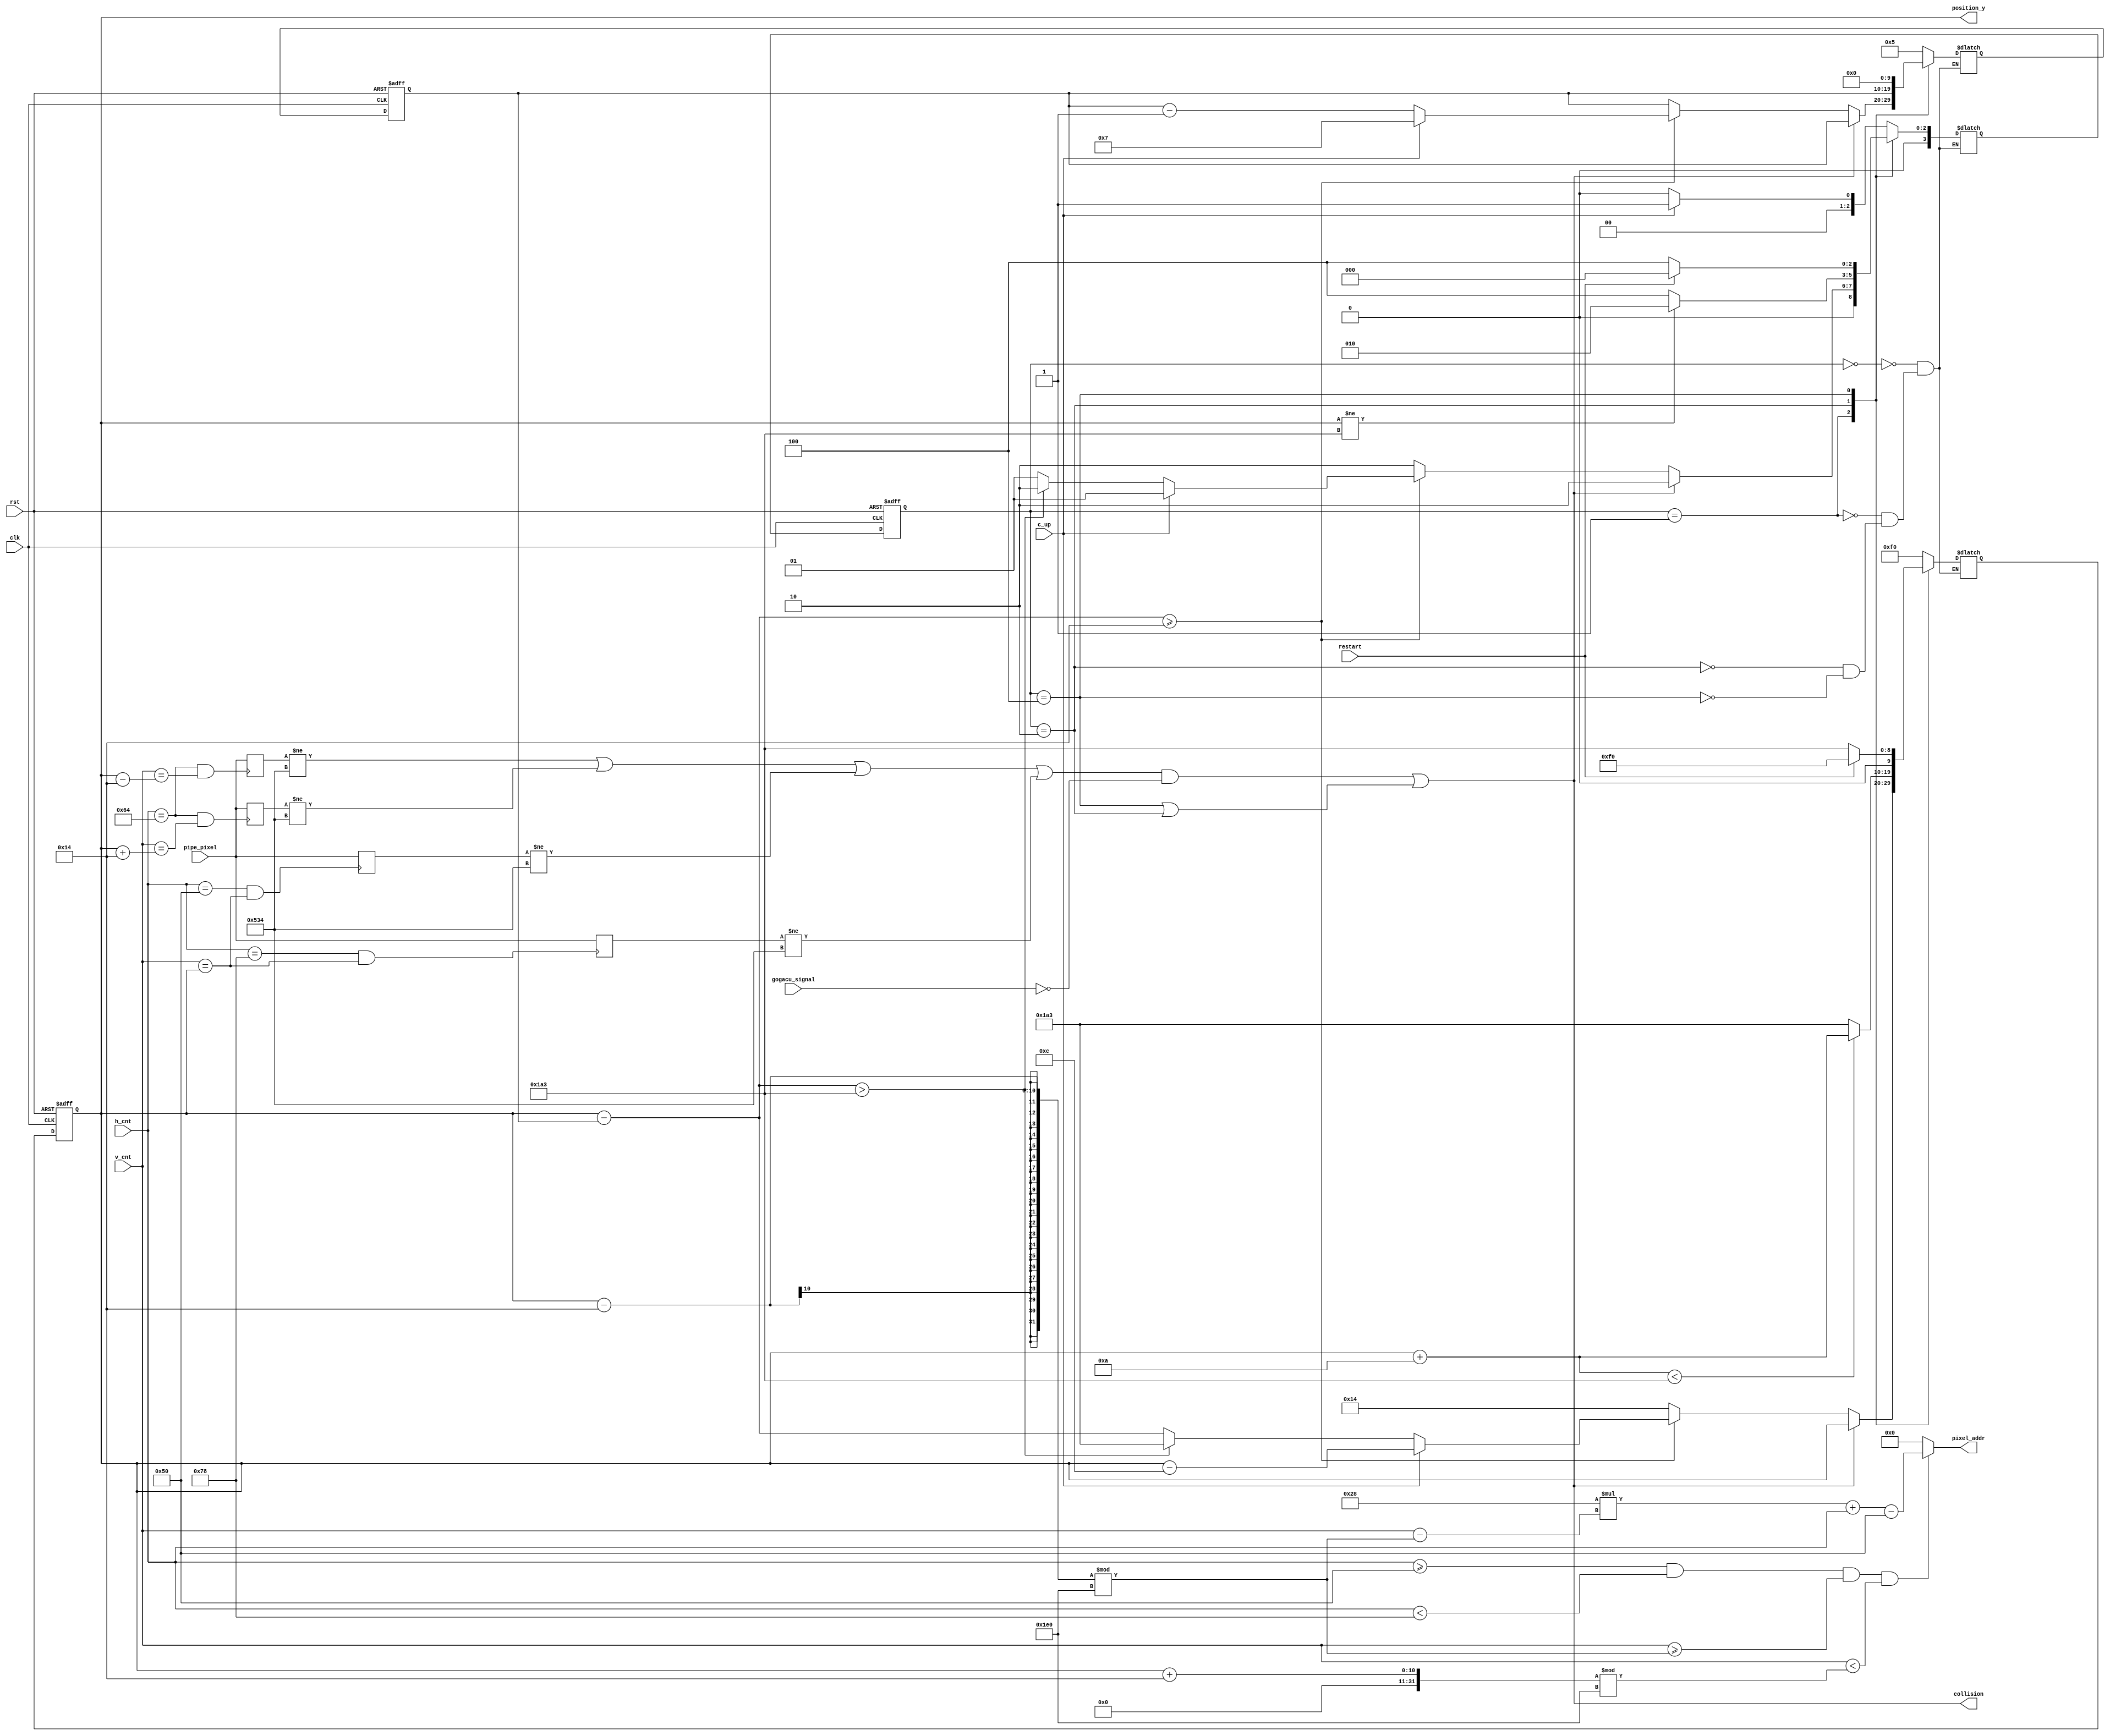
`timescale 1ns / 1ps

module mem_addr_gen_Bird(
   input clk,
   input rst,
   input [9:0] h_cnt,
   input [9:0] v_cnt,
   input c_up,
   input restart,
   input gogacu_signal,
   input [11:0] pipe_pixel,
   output reg [9:0] position_y,
   output reg [16:0] pixel_addr,
   output wire collision
   );
   
   wire [9:0] bird_right;
   wire signal_up, signal_down, signal_left, signal_right;
   
   reg [11:0] color_up, color_down, color_left, color_right;
   reg [9:0] next_position_y;
   reg [9:0] distance, next_distance;
   reg [3:0] state, next_state;
   parameter WAIT = 3'b000;
   parameter MOTION = 3'b001;
   parameter DROP = 3'b010;
   parameter DEATH = 3'b100;
   
   assign bird_right = 9'd80;
   
   assign signal_up = ((h_cnt == 9'd100 && v_cnt == position_y - 9'd20) ? 0 : 1);
   assign signal_down = ((h_cnt == 9'd100 && v_cnt == position_y + 9'd20) ? 0 : 1);
   assign signal_left = ((h_cnt == 9'd80 && v_cnt == position_y) ? 0 : 1);
   assign signal_right = ((h_cnt == 9'd120 && v_cnt == position_y) ? 0 : 1);
   
   always@(posedge signal_up) color_up <= pipe_pixel;
   always@(posedge signal_down) color_down <= pipe_pixel;
   always@(posedge signal_left) color_left <= pipe_pixel;
   always@(posedge signal_right) color_right <= pipe_pixel;
   assign collision = ((color_up != 12'h534) || (color_down != 12'h534) || (color_left != 12'h534) || (color_right != 12'h534)) && (gogacu_signal == 1'b0) || (state == DEATH || state == DROP) ;
   
   
   
   always@(*) begin
        if(h_cnt >= 80 && h_cnt < 120 && v_cnt >= ((position_y - 20) % 480) && v_cnt < ((position_y + 20) % 480))
            pixel_addr = (40 * (v_cnt - ((position_y - 20) % 480)) + h_cnt - 9'd80 );
        else
            pixel_addr = 16'b0;
      end
   
    always@(posedge clk or posedge rst) begin
        if(rst) begin
            position_y <= 10'd240;
            state <= 3'b0;
            distance <= 9'd0;
        end
        else begin
            position_y <= next_position_y;
            state <= next_state;
            distance <= next_distance;
        end
    end      


    always@(*) begin
        case(state) 
            WAIT : begin
                next_position_y = 9'd240;
                next_distance = 9'd5;
                if(c_up) begin
                    next_state = MOTION;
                end
                else begin
                    next_state = WAIT;
                end
            end
            MOTION : begin 
                if(collision == 1'b1) begin
                    next_distance = distance;
                    next_position_y = position_y;
                    next_state = DROP;
                end
                else begin
                    if( (position_y - distance) >= 9'd20) begin
                        if(c_up) begin
                            next_distance = 9'd7;
                            next_position_y = position_y - 9'd12;
                            next_state = MOTION;
                        end
                        else begin
                            if(position_y - distance > 9'd419) begin
                                next_position_y = 9'd419;
                                next_distance = distance - 9'd1;
                                next_state = DROP;
                            end
                            else begin
                                next_position_y = position_y - distance;
                                next_distance = distance - 9'd1;
                                next_state = MOTION;
                            end
                        end
                    end
                    else begin
                        next_position_y = 9'd20;
                        next_state = DROP;
                        next_distance = distance;
                    end
                end
            end
            DROP : begin
                next_distance = distance;
                next_position_y = ((position_y + 4'd10 < 9'd419) ? position_y + 4'd10 : 9'd419);
                next_state = ((position_y != 9'd419) ? DROP : DEATH);
            end
            DEATH : begin
                if(restart) begin
                    next_distance = 9'd0;
                    next_position_y = 9'd240;
                    next_state = WAIT;
                end
                else begin
                    next_distance = 9'd0;
                    next_position_y = 9'd419;
                    next_state = DEATH;
                end
            end
        endcase
    end

endmodule


//module mem_addr_gen_Bird(
//   input clk,
//   input rst,
//   input [9:0] h_cnt,
//   input [9:0] v_cnt,
//   input c_up,
//   output reg [9:0] position_y,
//   output reg [16:0] pixel_addr
//   );
//   
//   reg [9:0] next_position_y;
//   reg [9:0] distance, next_distance;
//   reg [3:0] state, next_state;
//   parameter WAIT = 3'b000;
//   parameter MOTION = 3'b001;
//   parameter DEATH = 3'b010;
//   
//   
//   
//   always@(*) begin
//        if(h_cnt >= 80 && h_cnt < 120 && v_cnt >= (position_y % 480) && v_cnt < ((position_y + 40) % 480))
//            pixel_addr = (40 * (v_cnt - (position_y % 480)) + h_cnt - 9'd80 );
//        else
//            pixel_addr = 16'b0;
//      end
//   
//    always@(posedge clk or posedge rst) begin
//        if(rst) begin
//            position_y <= 10'd240;
//            state <= 3'b0;
//            distance <= 9'd0;
//        end
//        else begin
//            position_y <= next_position_y;
//            state <= next_state;
//            distance <= next_distance;
//        end
//    end      
//
//
//    always@(*) begin
//        case(state) 
//            WAIT : begin
//                next_position_y = 9'd240;
//                next_distance = 9'd5;
//                if(c_up) begin
//                    next_state = MOTION;
//                end
//                else begin
//                    next_state = WAIT;
//                end
//            end
//            MOTION : begin
//                if(position_y <= 9'd440) begin
//                    if(c_up) begin
//                        next_position_y = position_y - 9'd12;
//                        next_distance = 9'd11;
//                        next_state = MOTION;
//                    end
//                    else begin
//                        next_position_y = position_y - distance;
//                        next_distance = distance - 9'd1;
//                        next_state = MOTION;
//                    end
//                end
//                else begin
//                    if(position_y >= 10'd1000)
//                        next_position_y = 9'd0;
//                    else
//                        next_position_y = 9'd440;
//                    next_distance = distance;
//                    next_state = DEATH;
//                end
//            end
//            DEATH : begin
//                next_position_y = position_y;
//                next_distance = distance;
//                
//                if(c_up) begin
//                    next_state = WAIT;
//                end
//                else begin
//                    next_state = DEATH;
//                end
//            end
//        endcase
//    end
//
//endmodule


/*`timescale 1ns / 1ps

module mem_addr_gen_Bird(
   input clk,
   input rst,
   input [9:0] h_cnt,
   input [9:0] v_cnt,
   input c_up,
   input [11:0] pipe_pixel,
   output reg [9:0] position_y,
   output reg [16:0] pixel_addr,
   output wire collision
   );
   
   wire [9:0] bird_right;
   wire signal_up, signal_down, signal_left, signal_right;
   
   reg [11:0] color_up, color_down, color_left, color_right;
   reg [9:0] next_position_y;
   reg [9:0] distance, next_distance;
   reg [3:0] state, next_state;
   parameter WAIT = 3'b000;
   parameter MOTION = 3'b001;
   parameter DEATH = 3'b010;
   
   assign bird_right = 9'd80;
   
   assign signal_up = ((h_cnt == 9'd100 && v_cnt == position_y - 9'd20) ? 0 : 1);
   assign signal_down = ((h_cnt == 9'd100 && v_cnt == position_y + 9'd20) ? 0 : 1);
   assign signal_left = ((h_cnt == 9'd80 && v_cnt == position_y) ? 0 : 1);
   assign signal_right = ((h_cnt == 9'd120 && v_cnt == position_y) ? 0 : 1);
   
   always@(posedge signal_up) color_up <= pipe_pixel;
   always@(posedge signal_down) color_down <= pipe_pixel;
   always@(posedge signal_left) color_left <= pipe_pixel;
   always@(posedge signal_right) color_right <= pipe_pixel;
   assign collision = ((color_up != 12'h534) || (color_down != 12'h534) || (color_left != 12'h534) || (color_right != 12'h534) );
   
   
   
   always@(*) begin
        if(h_cnt >= 80 && h_cnt < 120 && v_cnt >= ((position_y - 20) % 480) && v_cnt < ((position_y + 20) % 480))
            pixel_addr = (40 * (v_cnt - ((position_y - 20) % 480)) + h_cnt - 9'd80 );
        else
            pixel_addr = 16'b0;
      end
   
    always@(posedge clk or posedge rst) begin
        if(rst) begin
            position_y <= 10'd240;
            state <= 3'b0;
            distance <= 9'd0;
        end
        else begin
            position_y <= next_position_y;
            state <= next_state;
            distance <= next_distance;
        end
    end      


    always@(*) begin
        case(state) 
            WAIT : begin
                next_position_y = 9'd240;
                next_distance = 9'd5;
                if(c_up) begin
                    next_state = MOTION;
                end
                else begin
                    next_state = WAIT;
                end
            end
            MOTION : begin 
                if(collision == 1'b1) begin
                    next_distance = distance;
                    next_position_y = position_y;
                    next_state = DEATH;
                end
                else begin
                    if( (position_y - distance) >= 9'd20) begin
                        if(c_up) begin
                            next_distance = 9'd11;
                            next_position_y = position_y - 9'd12;
                            next_state = MOTION;
                        end
                        else begin
                            if(position_y - distance > 9'd459) begin
                                next_position_y = 9'd459;
                                next_distance = distance - 9'd1;
                                next_state = DEATH;
                            end
                            else begin
                                next_position_y = position_y - distance;
                                next_distance = distance - 9'd1;
                                next_state = MOTION;
                            end
                        end
                    end
                    else begin
                        next_position_y = 9'd20;
                        next_state = DEATH;
                        next_distance = distance;
                    end
                end
            end
            DEATH : begin
                next_position_y = position_y;
                next_distance = distance;
                
                if(c_up) begin
                    next_state = WAIT;
                end
                else begin
                    next_state = DEATH;
                end
            end
        endcase
    end

endmodule
*/

//module mem_addr_gen_Bird(
//   input clk,
//   input rst,
//   input [9:0] h_cnt,
//   input [9:0] v_cnt,
//   input c_up,
//   output reg [9:0] position_y,
//   output reg [16:0] pixel_addr
//   );
//   
//   reg [9:0] next_position_y;
//   reg [9:0] distance, next_distance;
//   reg [3:0] state, next_state;
//   parameter WAIT = 3'b000;
//   parameter MOTION = 3'b001;
//   parameter DEATH = 3'b010;
//   
//   
//   
//   always@(*) begin
//        if(h_cnt >= 80 && h_cnt < 120 && v_cnt >= (position_y % 480) && v_cnt < ((position_y + 40) % 480))
//            pixel_addr = (40 * (v_cnt - (position_y % 480)) + h_cnt - 9'd80 );
//        else
//            pixel_addr = 16'b0;
//      end
//   
//    always@(posedge clk or posedge rst) begin
//        if(rst) begin
//            position_y <= 10'd240;
//            state <= 3'b0;
//            distance <= 9'd0;
//        end
//        else begin
//            position_y <= next_position_y;
//            state <= next_state;
//            distance <= next_distance;
//        end
//    end      
//
//
//    always@(*) begin
//        case(state) 
//            WAIT : begin
//                next_position_y = 9'd240;
//                next_distance = 9'd5;
//                if(c_up) begin
//                    next_state = MOTION;
//                end
//                else begin
//                    next_state = WAIT;
//                end
//            end
//            MOTION : begin
//                if(position_y <= 9'd440) begin
//                    if(c_up) begin
//                        next_position_y = position_y - 9'd12;
//                        next_distance = 9'd11;
//                        next_state = MOTION;
//                    end
//                    else begin
//                        next_position_y = position_y - distance;
//                        next_distance = distance - 9'd1;
//                        next_state = MOTION;
//                    end
//                end
//                else begin
//                    if(position_y >= 10'd1000)
//                        next_position_y = 9'd0;
//                    else
//                        next_position_y = 9'd440;
//                    next_distance = distance;
//                    next_state = DEATH;
//                end
//            end
//            DEATH : begin
//                next_position_y = position_y;
//                next_distance = distance;
//                
//                if(c_up) begin
//                    next_state = WAIT;
//                end
//                else begin
//                    next_state = DEATH;
//                end
//            end
//        endcase
//    end
//
//endmodule